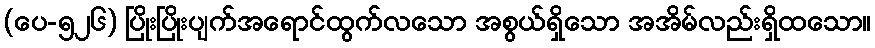
(ပေ-၅၂၆) ပြိုးပြိုးပျက်အရောင်ထွက်လသော အစွယ်ရှိသော အအိမ်လည်းရှိထသော။